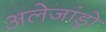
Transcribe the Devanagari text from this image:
अलेजांड्रो